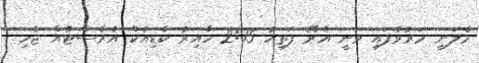
މެލަނީ މަރުވެފައި ވަނީ އެރޭ ފަތިހު 2:15 ހާއިރު ކާޑިއެކް އެރެސްޓެއް ޖެހި